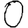
Digit: 0